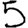
Digit: 5